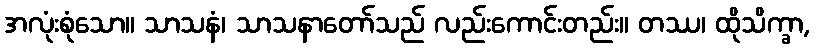
အလုံးစုံသော။ သာသနံ၊ သာသနာတော်သည် လည်းကောင်းတည်း။ တဿ၊ ထိုသိက္ခာ,